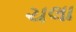
ચલા